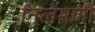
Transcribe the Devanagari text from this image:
निलमणी